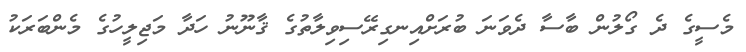
މެސީގެ ދެ ގޯލުން ބާސާ ދެވަނަ ބުރަށްއިނގިރޭސިވިލާތުގެ ޤާނޫނު ހަދާ މަޖިލީހުގެ މެންބަރަކު